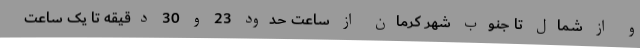
و از شمال تا جنوب شهر کرمان از ساعت حدود 23 و 30 دقیقه تا یک ساعت